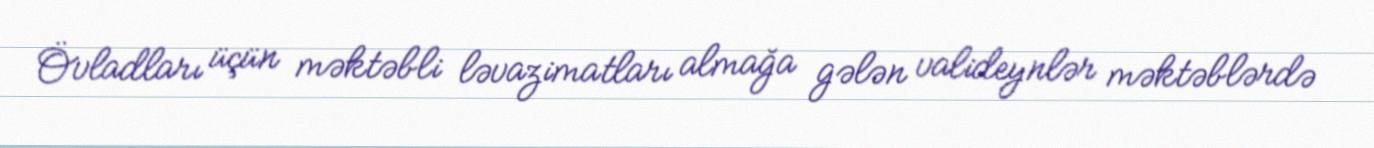
Övladları üçün məktəbli ləvazimatları almağa gələn valideynlər məktəblərdə